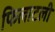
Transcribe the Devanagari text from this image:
फिलाटली